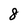
Character: 8